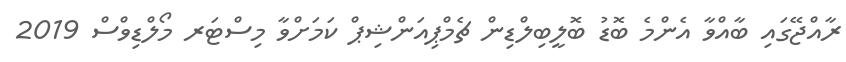
ރާއްޖޭގައި ބާއްވާ އެންމެ ބޮޑު ބޮލީބިލްޑިން ޗެމްޕިއަންޝިޕް ކަަމަށްވާ މިސްޓަރ މޯލްޑިވްސް 2019